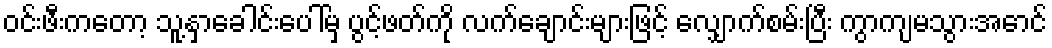
ဝင်းဖီးကတော့ သူ့နှာခေါင်းပေါ်မှ ပွင့်ဖတ်ကို လက်ချောင်းများဖြင့် လျှောက်စမ်းပြီး ကွာကျမသွားအောင်